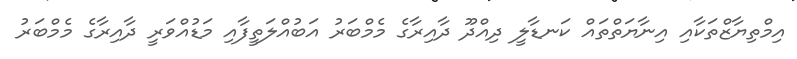
އިމްތިޔާޒްތަކާއި އިނާޔަތްތައް ކަނޑާލީ ދިއްދޫ ދާއިރާގެ މެމްބަރު އަބުއްލަތީފާއި މަޑުއްވަރީ ދާއިރާގެ މެމްބަރު